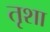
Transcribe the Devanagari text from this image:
तृशा